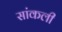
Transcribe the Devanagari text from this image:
सांकली